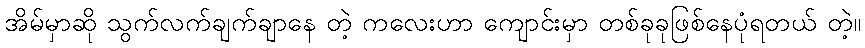
အိမ်မှာဆို သွက်လက်ချက်ချာနေ တဲ့ ကလေးဟာ ကျောင်းမှာ တစ်ခုခုဖြစ်နေပုံရတယ် တဲ့။